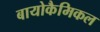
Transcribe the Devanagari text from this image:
बायोकैमिकल